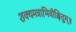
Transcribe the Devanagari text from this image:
शक्यमत्राभिवीक्षितुम्॥